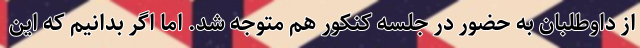
از داوطلبان به حضور در جلسه کنکور هم متوجه شد. اما اگر بدانیم که این